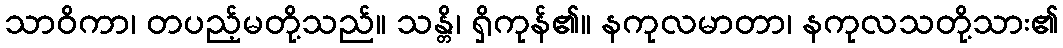
သာဝိကာ၊ တပည့်မတို့သည်။ သန္တိ၊ ရှိကုန်၏။ နကုလမာတာ၊ နကုလသတို့သား၏